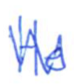
Text: He
Cross-out: zig-zag
Writing tool: ballpoint